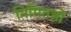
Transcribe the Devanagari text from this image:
निमितज्ञों